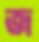
জ